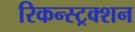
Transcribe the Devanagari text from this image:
रिकन्स्ट्रक्शन